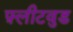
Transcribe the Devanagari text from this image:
फ़्लीटवुड